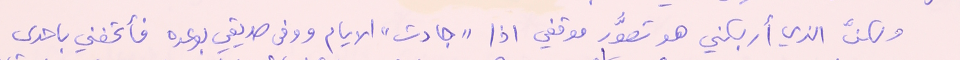
ولكنَّ الذي أربكني هو تصوُّر موقفي اذا "جادت" الايام ووفى صديقي بوعده فأتحفني باحدى